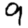
Digit: 9